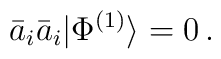
\bar{a}_i\bar{a}_i|\Phi^{(1)}\rangle=0\,.